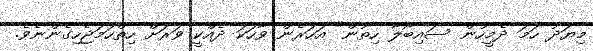
މިޔަދު ހަމަ ދެމީހުން ސައިބޯލާ ހިތުން" އަހަރެން ވާހަކަ ދެއްކީ ވަރަށް ހިތްހަމަޖެހިގެންނެވެ.